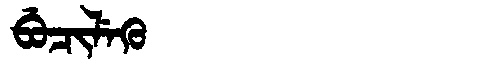
Manchu: ᠪᡠᠴᡳᠯᡝᡴᡠ
Romanization: BUCILEKU